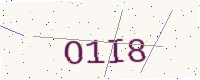
Text: O1I8